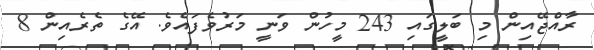
ރާއްޖޭއިން މި ބަލީގައި 243 މީހުން ވަނީ މަރުވެފައެވެ. އޭގެ ތެރެއިން 8